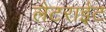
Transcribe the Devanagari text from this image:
लैटराईट